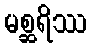
မစ္ဆရိဿ